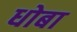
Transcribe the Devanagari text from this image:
धोबा